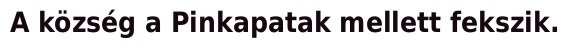
A község a Pinkapatak mellett fekszik.